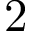
2